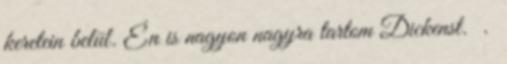
keretein belül. Én is nagyon nagyra tartom Dickenst. .